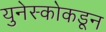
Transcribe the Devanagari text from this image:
युनेस्कोकडून